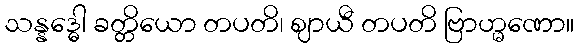
သန္နဒ္ဓေါ ခတ္တိယော တပတိ၊ ဈာယီ တပတိ ဗြာဟ္မဏော။